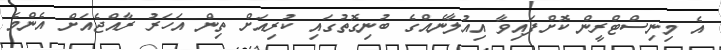
އެ މިނިސްޓްރީން ކޮށްފައިވާ އިއުލާނެއްގެ ބުނިގޮތުގައި ކުރިއަށް ތިން އަހަރު ރާއްޖެއަށް އެންމެ